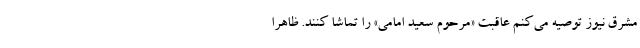
مشرق نیوز توصیه می‌کنم عاقبت «مرحوم سعید امامی» را تماشا کنند. ظاهرا